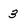
Character: 3